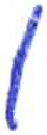
אות: ו